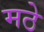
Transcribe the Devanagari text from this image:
मठे